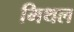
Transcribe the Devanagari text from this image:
मिथल